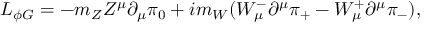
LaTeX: { \cal L } _ { \phi G } = - m _ { Z } Z ^ { \mu } \partial _ { \mu } \pi _ { 0 } + i m _ { W } ( W _ { \mu } ^ { - } \partial ^ { \mu } \pi _ { + } - W _ { \mu } ^ { + } \partial ^ { \mu } \pi _ { - } ) ,